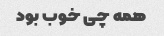
همه چی خوب بود